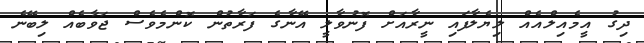
ދިގު އީމެއިލްއެއް ލިޔެލާފައި ނީރާއަށް ފޮނުވާލީ އޭނާގެ ފަރާތުން ކޮންމެވެސް ޖަވާބެއް ލިބޭނެ